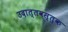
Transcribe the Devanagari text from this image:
उदात्तवस्तुक